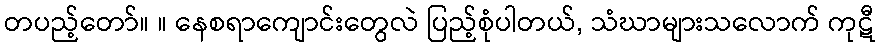
တပည့်တော်။ ။ နေစရာကျောင်းတွေလဲ ပြည့်စုံပါတယ်, သံဃာများသလောက် ကုဋီ